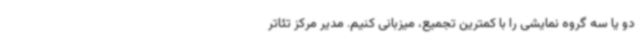
دو یا سه گروه نمایشی را با کمترین تجمیع، میزبانی کنیم. مدیر مرکز تئاتر